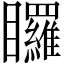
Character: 𭿳